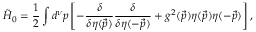
{ \tilde { H } } _ { 0 } = { \frac { 1 } { 2 } } \int d ^ { \nu } p \left[ - { \frac { \delta } { \delta \eta ( \vec { p } ) } } { \frac { \delta } { \delta \eta ( - \vec { p } ) } } + g ^ { 2 } ( \vec { p } ) \eta ( \vec { p } ) \eta ( - \vec { p } ) \right] ,